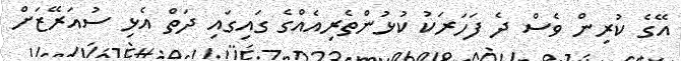
އޭގެ ކުރިން ވެސް ދެ ފަހަރަކު ކުޅުންތެރިއެއްގެ ގައިގައި ދަތް އެޅި ސުއަރޭޒަށް